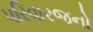
પરિવારજનો